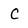
Character: C